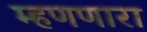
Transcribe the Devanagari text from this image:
म्हणणारा